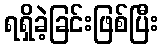
ရရှိခဲ့ခြင်းဖြစ်ပြီး